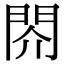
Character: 䦏